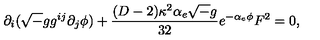
\partial _ { i } ( { \sqrt - g } g ^ { i j } \partial _ { j } \phi ) + { \frac { ( D - 2 ) \kappa ^ { 2 } \alpha _ { e } { \sqrt - g } } { 3 2 } } e ^ { - \alpha _ { e } \phi } F ^ { 2 } = 0 ,